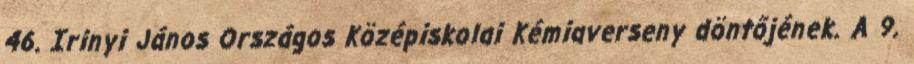
46. Irinyi János Országos Középiskolai Kémiaverseny döntőjének. A 9.